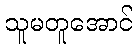
သူမတူအောင်